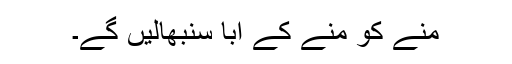
منے کو منے کے ابا سنبھالیں گے۔